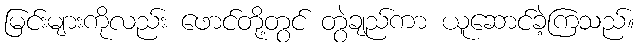
မြင်းများကိုလည်း ဖောင်တို့တွင် တွဲချည်ကာ ယူဆောင်ခဲ့ကြသည်။